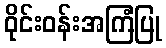
ဝိုင်းဝန်းအကြံပြု